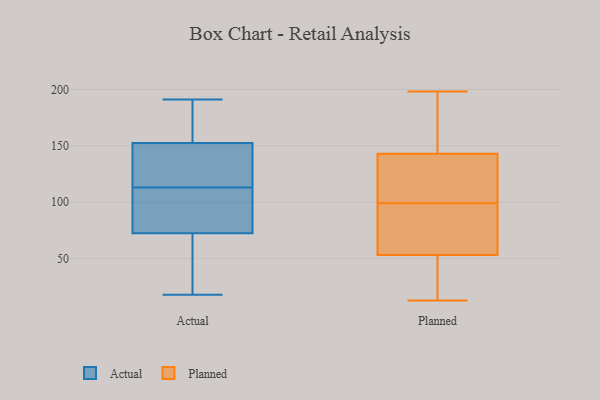
{"axis": {"x": "Website Visitors", "y": "Value"}, "legend": ["Actual", "Planned"], "data": [{"x": "", "y": 77, "type": "Actual"}, {"x": "", "y": 191, "type": "Actual"}, {"x": "", "y": 80, "type": "Actual"}, {"x": "", "y": 113, "type": "Actual"}, {"x": "", "y": 56, "type": "Actual"}, {"x": "", "y": 59, "type": "Actual"}, {"x": "", "y": 59, "type": "Actual"}, {"x": "", "y": 174, "type": "Actual"}, {"x": "", "y": 115, "type": "Actual"}, {"x": "", "y": 172, "type": "Actual"}, {"x": "", "y": 181, "type": "Actual"}, {"x": "", "y": 88, "type": "Actual"}, {"x": "", "y": 146, "type": "Actual"}, {"x": "", "y": 132, "type": "Actual"}, {"x": "", "y": 83, "type": "Actual"}, {"x": "", "y": 132, "type": "Actual"}, {"x": "", "y": 18, "type": "Actual"}, {"x": "", "y": 109, "type": "Planned"}, {"x": "", "y": 193, "type": "Planned"}, {"x": "", "y": 198, "type": "Planned"}, {"x": "", "y": 27, "type": "Planned"}, {"x": "", "y": 164, "type": "Planned"}, {"x": "", "y": 99, "type": "Planned"}, {"x": "", "y": 136, "type": "Planned"}, {"x": "", "y": 13, "type": "Planned"}, {"x": "", "y": 42, "type": "Planned"}, {"x": "", "y": 57, "type": "Planned"}, {"x": "", "y": 74, "type": "Planned"}, {"x": "", "y": 135, "type": "Planned"}, {"x": "", "y": 96, "type": "Planned"}]}